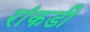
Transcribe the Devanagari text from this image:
रांकडी